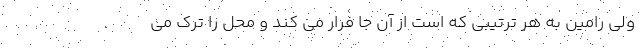
ولی رامین به هر ترتیبی که است از آن جا فرار می کند و محل را ترک می